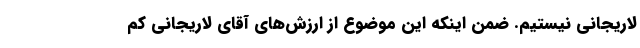
لاریجانی نیستیم. ضمن اینکه این موضوع از ارزش‌های آقای لاریجانی کم